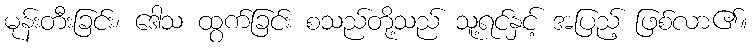
မုန်းတီးခြင်း၊ ဒေါသ ထွက်ခြင်း စသည်တို့သည် သူ့ရင်နှင့် အပြည့် ဖြစ်လာ၏။